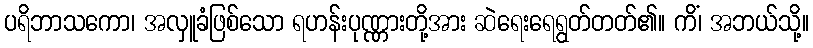
ပရိဘာသကော၊ အလှူခံဖြစ်သော ရဟန်းပုဏ္ဏားတို့အား ဆဲရေးရေရွတ်တတ်၏။ ကိံ၊ အဘယ်သို့။